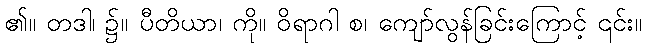
၏။ တဒါ၊ ၌။ ပီတိယာ၊ ကို။ ဝိရာဂါ စ၊ ကျော်လွန်ခြင်းကြောင့် ၎င်း။